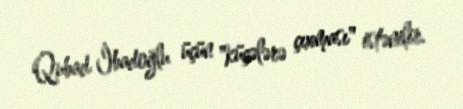
Qubad İbadoğlu üçün "küçələrə çıxması" istənilir.